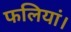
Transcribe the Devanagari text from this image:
फलियां।